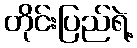
တိုင်းပြည်ရဲ့